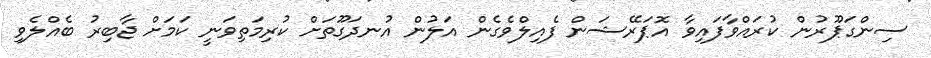
ސިންގަޕޫރުން ކުރައްވާފައިވާ އޮޕަރޭޝަން ފެއިލްވެގެން އަލުން އުނދަގޫތަށް ކުރިމަތިވަނީ ކަމަށް ޖާބިރު ބެއްލެވި